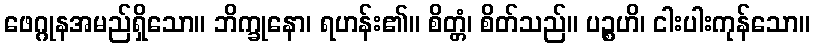
ဖေဂ္ဂုနအမည်ရှိသော။ ဘိက္ခုနော၊ ရဟန်း၏။ စိတ္တံ၊ စိတ်သည်။ ပဉ္စဟိ၊ ငါးပါးကုန်သော။